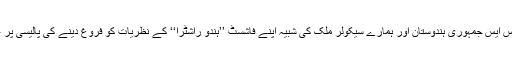
حالانکہ آر ایس ایس جمہوری ہندوستان اور ہمارے سیکولر ملک کی شبیہ اپنے فاشسٹ ’’ہندو راشٹرا‘‘ کے نظریات کو فروغ دینے کی پالیسی پر عمل پیرا ہے۔